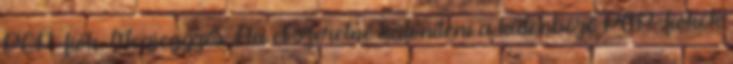
POP-fiók. Megjegyzés: Ha el szeretné különíteni a különböző POP-fiókok